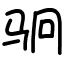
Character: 𬳶